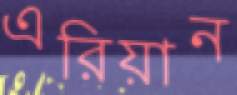
এরিয়ান